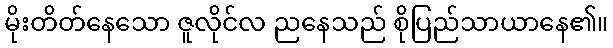
မိုးတိတ်နေသော ဇူလိုင်လ ညနေသည် စိုပြည်သာယာနေ၏။